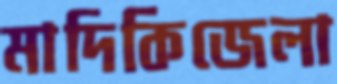
মাদিকিজেলা